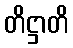
တိဋ္ဌာတိ